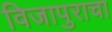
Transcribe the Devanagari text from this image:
विजापुराचा